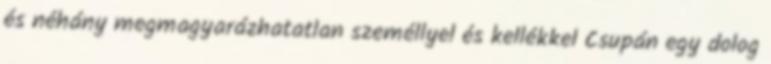
és néhány megmagyarázhatatlan személlyel és kellékkel Csupán egy dolog